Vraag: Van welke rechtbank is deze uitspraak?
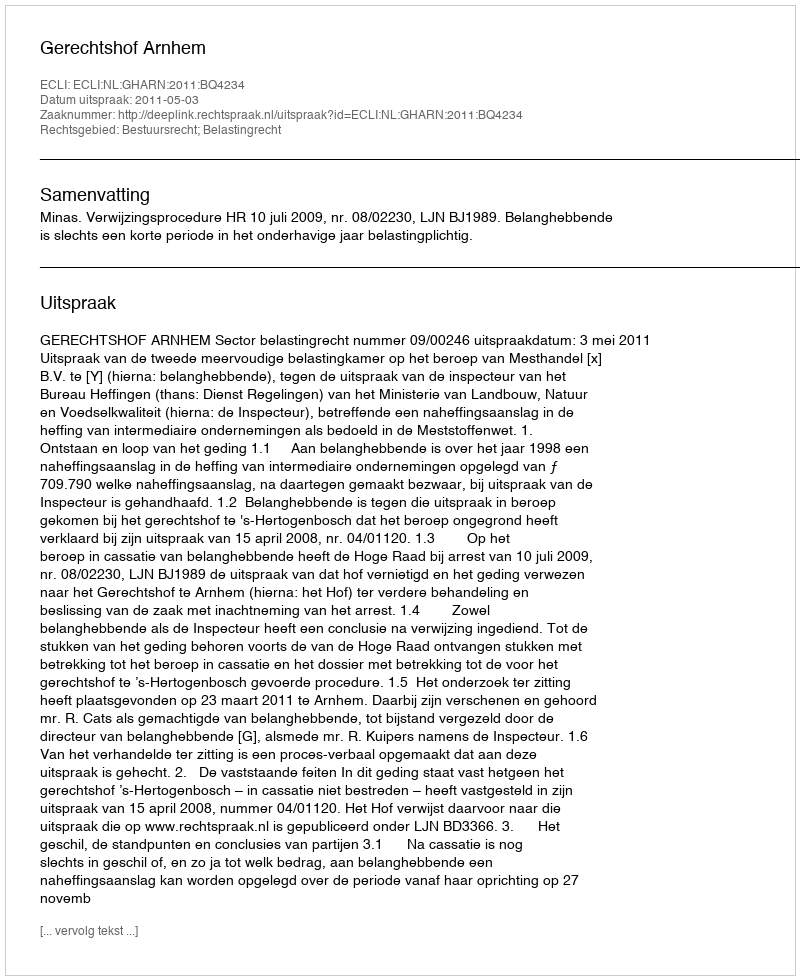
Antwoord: Gerechtshof Arnhem